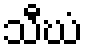
သီဃံ